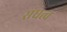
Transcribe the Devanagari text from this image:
संघत्व